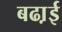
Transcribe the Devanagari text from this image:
बढा़ई